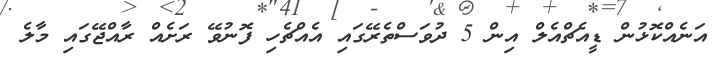
އަނެއްކޮޅުން ޑީއެޗްއެލް އިން 5 ދުވަސްތެރޭގައި އެއްޗެހި ފޮނުވޭ ރަށެއް ރާއްޖޭގައި މާލެ